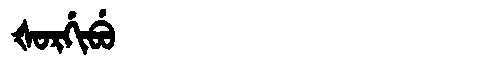
Manchu: ᡧᠣᡵᡤᡳᠪᡠ
Romanization: ŠORGIBU